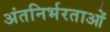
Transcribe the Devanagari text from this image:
अंतनिर्भरताओं